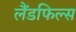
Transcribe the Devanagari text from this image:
लैंडफिल्स